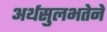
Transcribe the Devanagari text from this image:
अर्थसुलभतेने